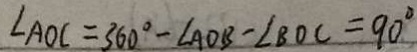
\angle A O C = 3 6 0 ^ { \circ } - \angle A O B - \angle B O C = 9 0 ^ { \circ }